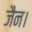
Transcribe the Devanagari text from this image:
जैन।